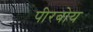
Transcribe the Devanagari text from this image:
पीरबोय